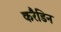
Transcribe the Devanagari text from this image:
करैडिन